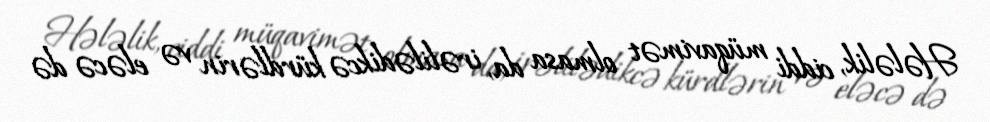
Hələlik, ciddi müqavimət olmasa da, irəlilədikcə kürdlərin və eləcə də